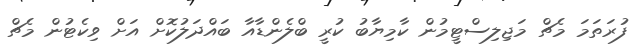
ފުރަތަމަ މެޗް މަޖިލިސްޓީމުން ކާމިޔާބު ކުރީ ބްލެންޑާއާ ބައްދަލުކޮށް އަށް ވިކެޓުން މެޗް